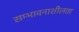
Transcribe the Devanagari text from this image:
सम्भावनाशीलता